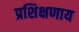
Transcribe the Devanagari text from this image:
प्रशिक्षणाय